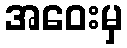
အဝေးမှ